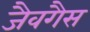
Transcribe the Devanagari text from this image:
जैवगैस